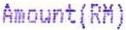
AMOUNT(RM)